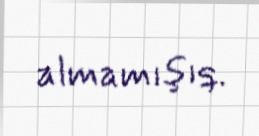
almamışıq.